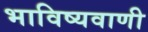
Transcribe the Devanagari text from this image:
भाविष्यवाणी